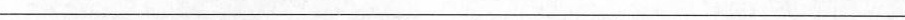
___